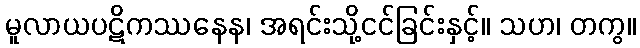
မူလာယပဋိကဿနေန၊ အရင်းသို့ငင်ခြင်းနှင့်။ သဟ၊ တကွ။